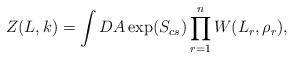
\begin{align*}Z(L,k)=\int DA\exp (S_{cs})\prod\limits_{r=1}^{n}W(L_{r},\rho _{r}),\end{align*}